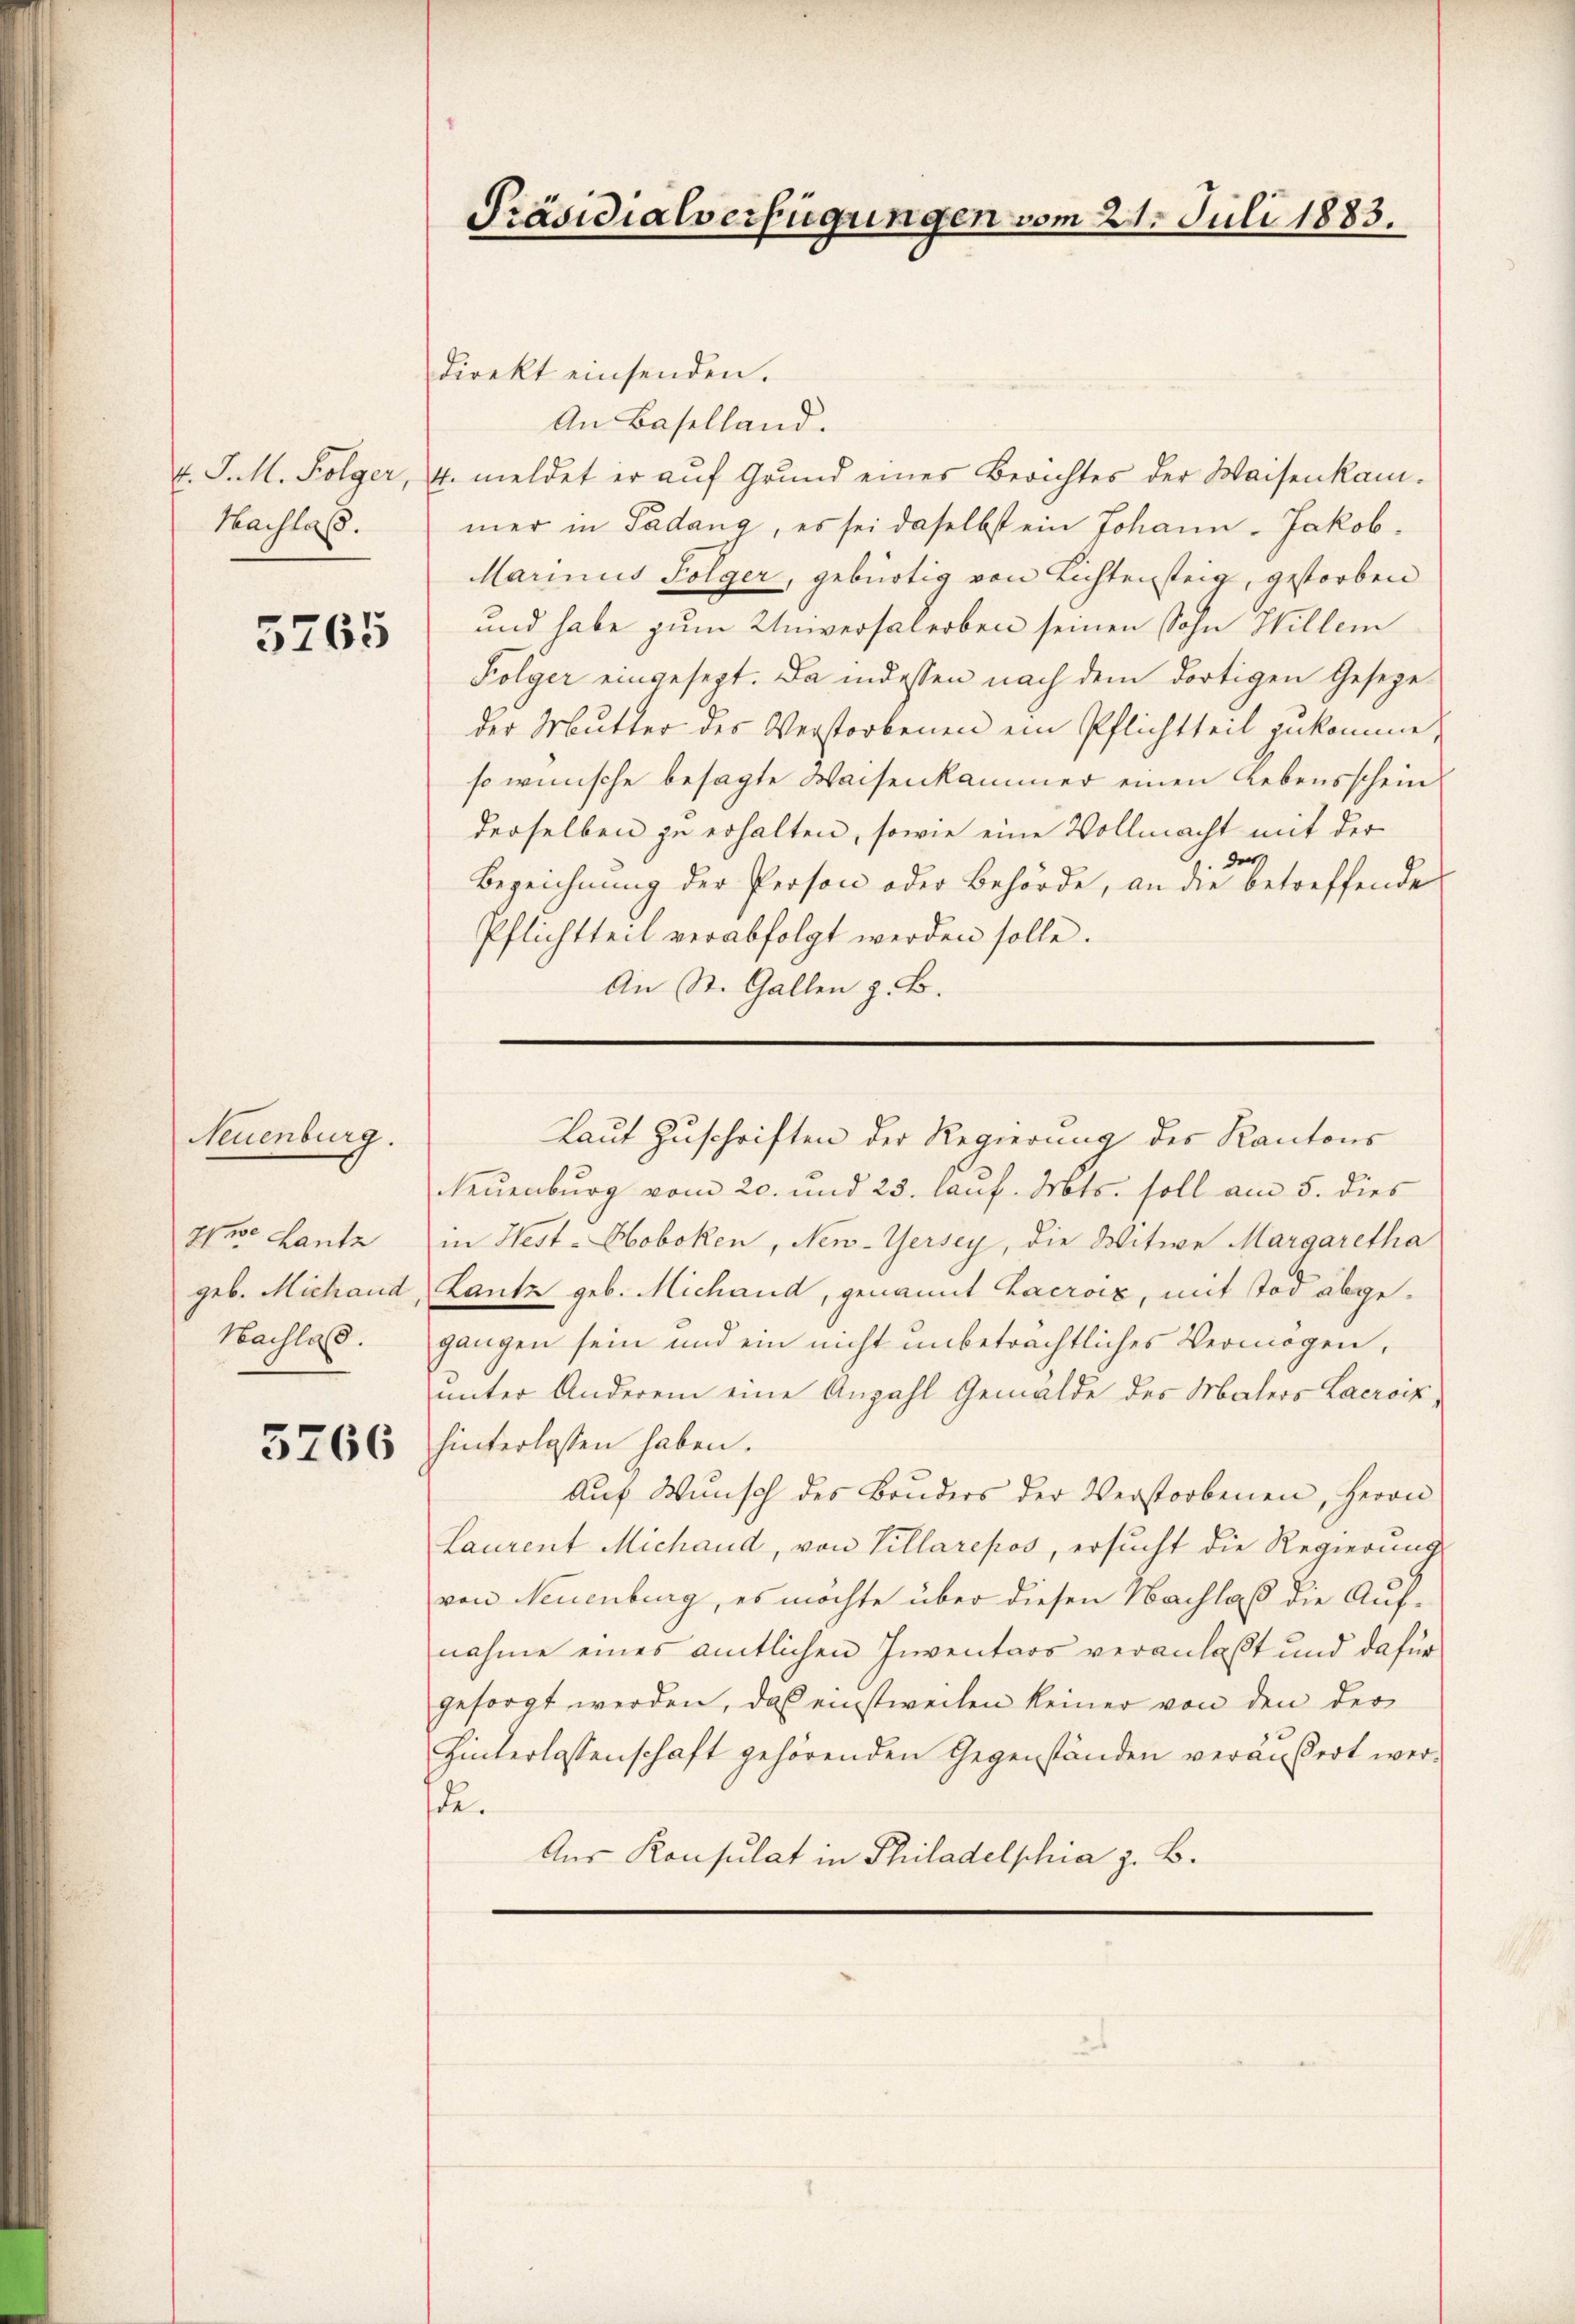
v. J. M. Folger,
Hachlass.

5265

Neuenburg.
Die Lantz
geb. Michand
Nachlas.

5766

Präsidialverfügungen vom 21. Juli 1883.

direkt einsenden.
An Baselland.
4. meldet er auf Grund eines Berichtes der Waisenkammer in Padang, es sei daselbst ein Johann Jakob.
Marinus Folger, gebürtig von Lichtensteig, gestorben
und habe zum Universalerben seinen Sohn Willem
Folger eingesezt. Da indessen nach dem dortigen Gesezeder Mutter des Verstorbenen ein Pflichtteil zukomme,
so wünsche besagte Waisenkammer einen Lebensschein
derselben zu erhalten, sowie eine Vollmacht mit der
der
Bezeichnung der Person oder Behörde, an die betreffende
Pflichtteil verabfolgt werden solle.
An St. Gallen z. B.

Laut Zuschriften der Regierung des Kantons

Neuenburg vom 20. und 23. lauf. Mts. soll am 5. dies
in West-Hoboken, New-Yersey, die Witwe Margaretha
Lantz geb. Michand, genannt Lacroix, mit Tod abgegangen sein und ein nicht unbeträchtliches Vermögen,
unter Anderem eine Anzahl Gemälde des Malers Lacroix,
hinterlassen haben.
Aug Wŭnsch des Brŭders der Verstorbenen, Herrn
Laurent Michand, von Villarepos, ersucht die Regierung
von Neuenburg, es möchte über diesen Nachlaß die Aufnahme eines amtlichen Inventars veranlaßt und dafür
gesorgt werden, daß einstweilen keiner von den der
Hinterlassenschaft gehörenden Gegenständen veräußert werde.
Aus Konsulat in Philadelphia z. B.